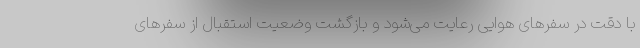
با دقت در سفرهای هوایی رعایت می‌شود و بازگشت وضعیت استقبال از سفرهای